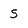
Character: 5